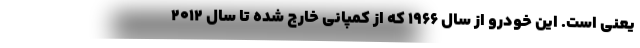
یعنی است. این خودرو از سال 1966 که از کمپانی خارج شده تا سال 2012